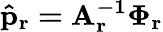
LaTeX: \mathbf{\hat{p}_{r}=A_{r}^{-1}\Phi_{r}}